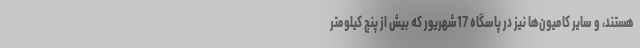
هستند، و سایر کامیون‌ها نیز در پاسگاه 17شهریور که بیش از پنج کیلومتر